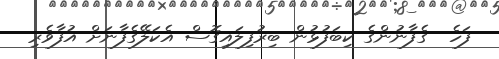
ފަހެ  ގެފާނުންގެ ކިބަފުޅުން ބިރުފިލައިގޮސް އެކަލޭގެފާނަށް އުފާވެރި